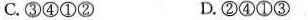
C.③④①② D.②④①③